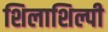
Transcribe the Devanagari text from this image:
शिलाशिल्पी